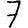
Digit: 7